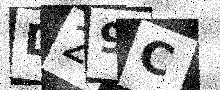
Text: D29C